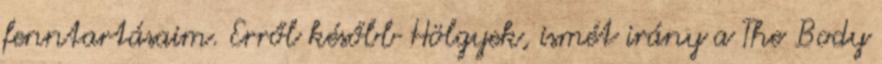
fenntartásaim. Erről később Hölgyek, ismét irány a The Body